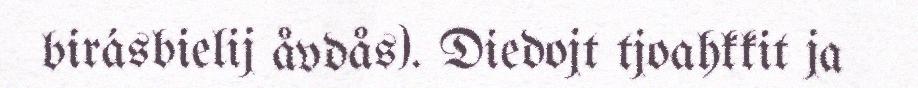
birásbielij åvdås). Diedojt tjoahkkit ja